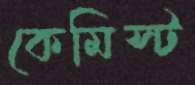
কেমিস্ট